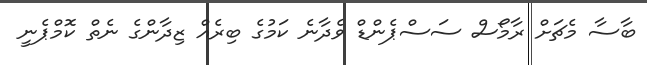
ބާސާ މެޗަށް ރާމޯސް ސަސްޕެންޑް ވެދާނެ ކަމުގެ ބިރެއް ޒިދާންގެ ނެތް ކޮމްޕެނީ